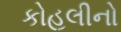
કોહલીનો